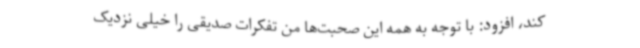
کند، افزود: با توجه به همه این صحبت‌ها من تفکرات صدیقی را خیلی نزدیک